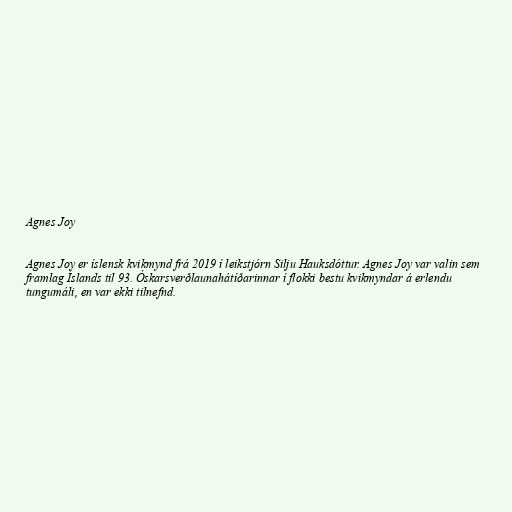
Agnes Joy

Agnes Joy er íslensk kvikmynd frá 2019 í leikstjórn Silju Hauksdóttur. Agnes Joy var valin sem
framlag Íslands til 93. Óskarsverðlaunahátíðarinnar í flokki bestu kvikmyndar á erlendu
tungumáli, en var ekki tilnefnd.